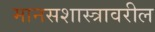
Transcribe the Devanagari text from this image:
मानसशास्‍त्रावरील